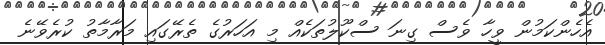
އެހެންކަމުން ވީހާ ވެސް ގިނަ ސްކޫލުތަކެއް މި އަހަރުގެ ތެރޭގައި މަރާމާތު ކުރެވޭނެ